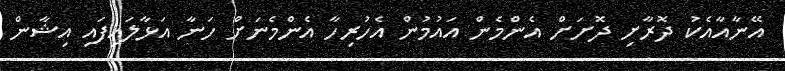
އޭނާއާއެކު ދޮރާށި ދޮށަށް އެންމެން އައުމުން އެހުރިހާ އެންމެނަށް ހަނާ އަޅާލައިފައި އިޝާން